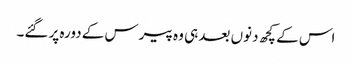
اس کے کچھ دنوں بعد ہی وہ پیرس کے دورہ پر گئے۔